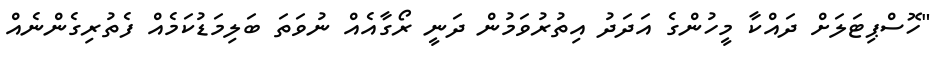
"ހޮސްޕިޓަލަށް ދައްކާ މީހުންގެ އަދަދު އިތުރުވަމުން ދަނީ ރޯގާއެއް ނުވަތަ ބަލިމަޑުކަމެއް ފެތުރިގެންނެއް